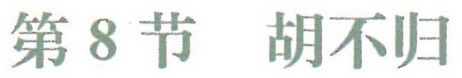
第8节 胡不归